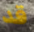
قد